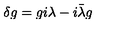
\delta g = g i \lambda - i \bar { \lambda } g